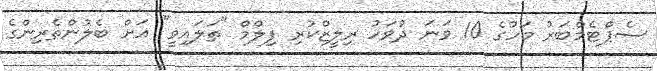
ސެޕްޓެމްބަރު މަހުގެ 10 ވަނަ ދުވަހު ރިލީޒްކުރި ފިލްމް "ތަލައިވީ" އަށް ބެލުންތެރިންގެ